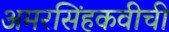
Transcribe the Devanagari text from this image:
अमरसिंहकवीची